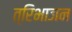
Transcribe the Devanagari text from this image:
त्रिभाजन